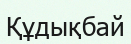
Құдықбай